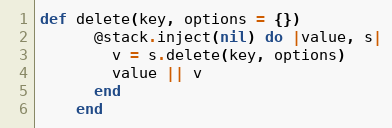
Language: Ruby
def delete(key, options = {})
      @stack.inject(nil) do |value, s|
        v = s.delete(key, options)
        value || v
      end
    end